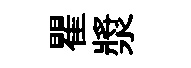
瞿漿